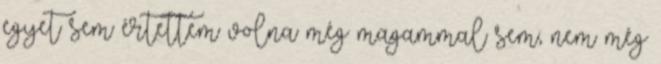
egyet sem értettem volna még magammal sem, nem még